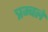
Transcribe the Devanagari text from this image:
त्रम्बले